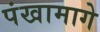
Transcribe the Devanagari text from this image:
पंखामागे